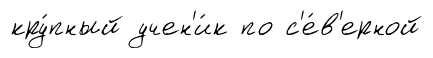
кру́пный учен'и́к по с'е́в'ерной